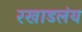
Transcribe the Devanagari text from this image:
रखाडलंय